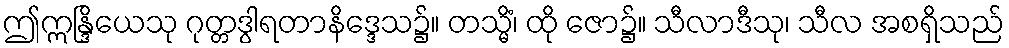
ဤဣန္ဒြိယေသု ဂုတ္တဒွါရတာနိဒ္ဒေသ၌။ တသ္မိံ၊ ထို ဇော၌။ သီလာဒီသု၊ သီလ အစရှိသည်